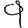
Digit: 9